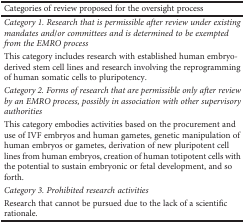
<table><thead><tr><td><b>Categories of review proposed for the oversight process</b></td></tr></thead><tbody><tr><td><i>Category 1. Research that is permissible after review under existing mandates and/or committees and is determined to be exempted from the EMRO process</i></td></tr><tr><td>This category includes research with established human embryo-derived stem cell lines and research involving the reprogramming of human somatic cells to pluripotency.</td></tr><tr><td><i>Category 2. Forms of research that are permissible only after review by an EMRO process, possibly in association with other supervisory authorities</i></td></tr><tr><td>This category embodies activities based on the procurement and use of IVF embryos and human gametes, genetic manipulation of human embryos or gametes, derivation of new pluripotent cell lines from human embryos, creation of human totipotent cells with the potential to sustain embryonic or fetal development, and so forth.</td></tr><tr><td><i>Category 3. Prohibited research activities</i></td></tr><tr><td>Research that cannot be pursued due to the lack of a scientific rationale.</td></tr></tbody></table>